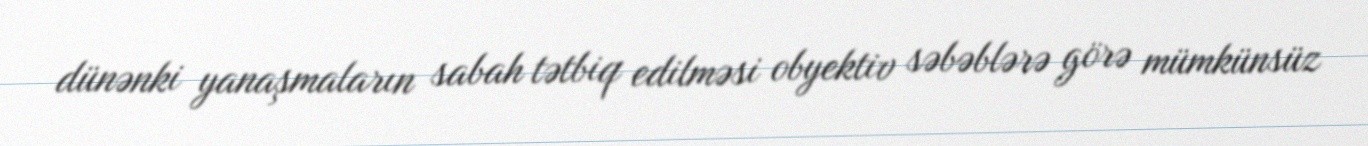
dünənki yanaşmaların sabah tətbiq edilməsi obyektiv səbəblərə görə mümkünsüz